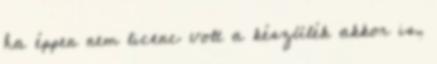
ha éppen nem licenc volt a készülék akkor is,